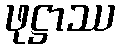
ဖုဋ္ဌာဿ